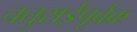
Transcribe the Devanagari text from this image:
चतुराईपूर्वक